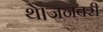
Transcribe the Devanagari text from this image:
थे।जनवरी